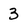
Character: 3